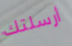
أرسلتك